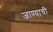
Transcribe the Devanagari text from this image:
जाण्‍याची